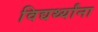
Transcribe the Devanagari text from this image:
विद्यर्थ्यांना